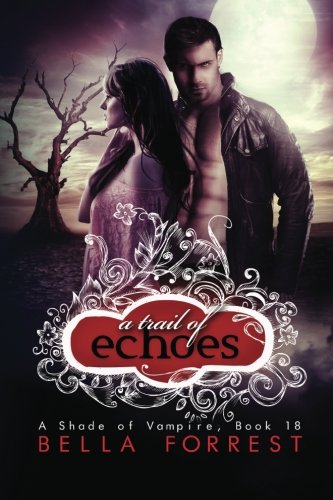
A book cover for A Shade of Vampire 18: A Trail of Echoes (Volume 18); Bella Forrest; Romance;